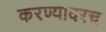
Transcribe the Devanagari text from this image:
करण्यावरच